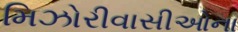
મિઝોરીવાસીઓના